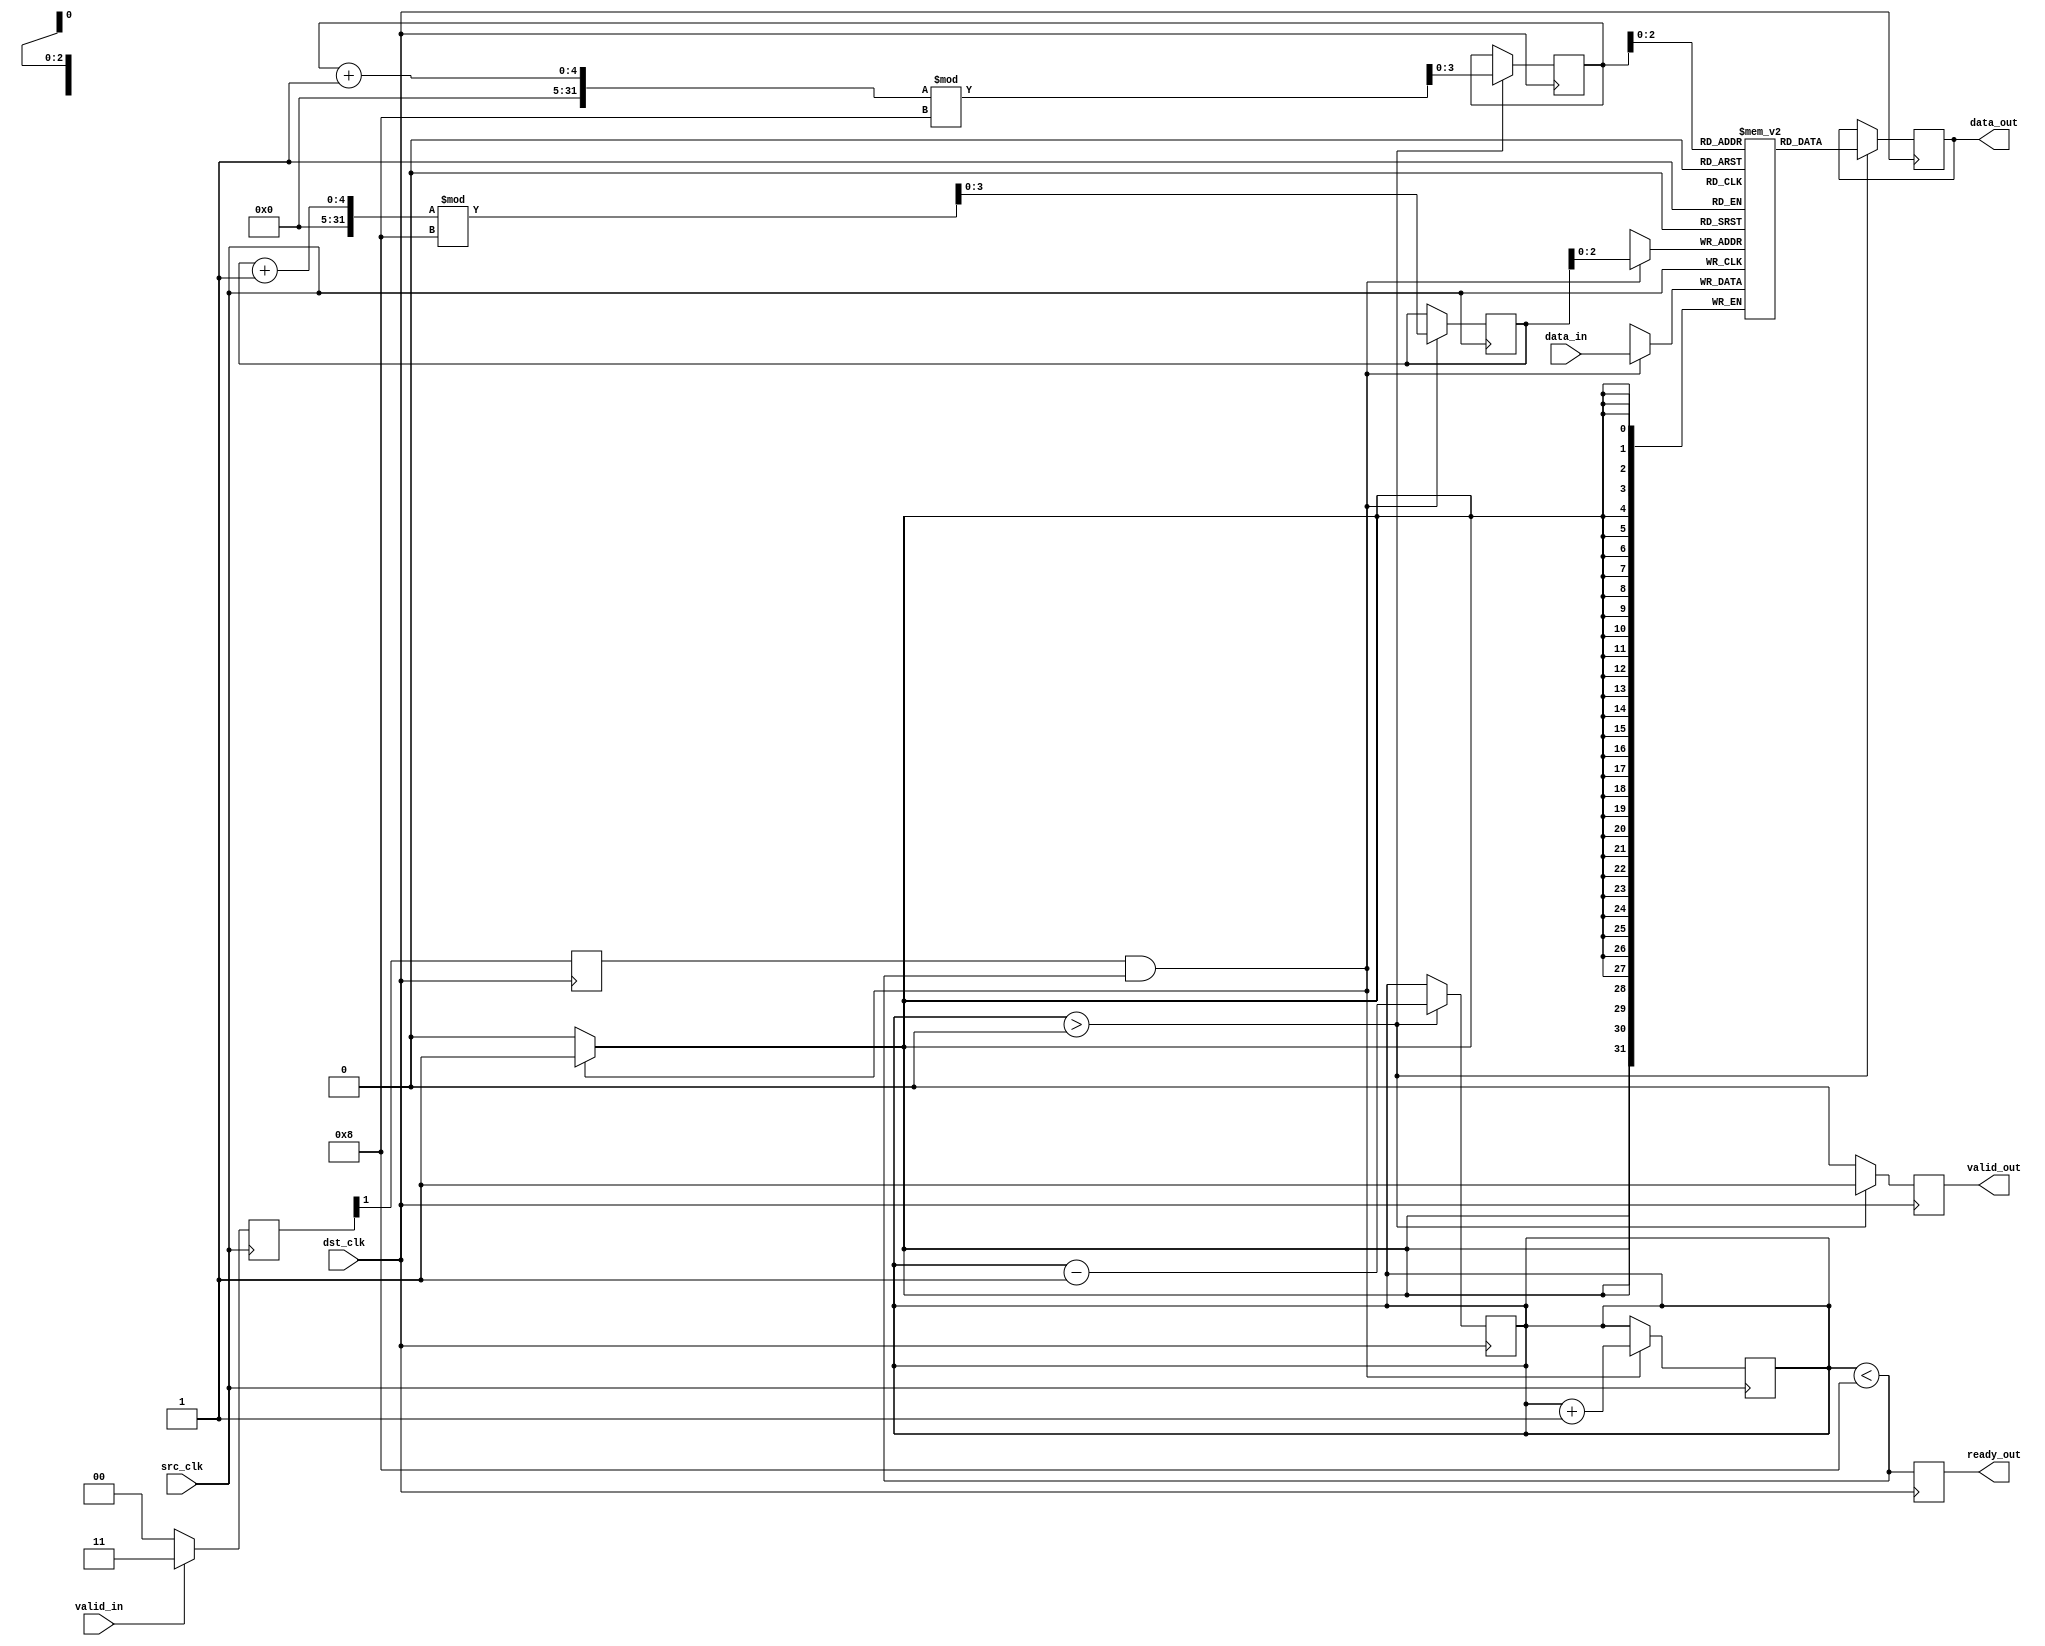
module burst_mode_synchronizer #(
    parameter DATA_WIDTH = 32,
    parameter FIFO_DEPTH = 8
)(
    input wire src_clk,                // Source clock
    input wire dst_clk,                // Destination clock
    input wire [DATA_WIDTH-1:0] data_in,  // Data input from the source clock domain
    input wire valid_in,               // Valid signal from the source clock domain
    output reg ready_out,              // Ready signal to the source clock domain
    output reg [DATA_WIDTH-1:0] data_out, // Data output to the destination clock domain
    output reg valid_out               // Valid signal for the destination clock domain
);

    // FIFO buffer
    reg [DATA_WIDTH-1:0] fifo [0:FIFO_DEPTH-1];
    reg [3:0] write_ptr = 0;           // Write pointer
    reg [3:0] read_ptr = 0;            // Read pointer
    reg [3:0] fifo_count = 0;          // Number of elements in FIFO

    // Handshaking control signals
    reg valid_sync = 0;
    wire ready_sync;
    
    // Synchronizing valid signal with two flip-flops to mitigate metastability
    reg [1:0] valid_sync_reg;
    always @(posedge src_clk) begin
        if (valid_in) begin
            valid_sync_reg <= 2'b11; // Assert valid signal
        end else begin
            valid_sync_reg <= 2'b00; // Deassert valid signal
        end
    end

    always @(posedge dst_clk) begin
        valid_sync <= valid_sync_reg[1]; // Synchronize to destination clock
    end

    // FIFO write in source clock domain
    always @(posedge src_clk) begin
        if (valid_sync && fifo_count < FIFO_DEPTH) begin
            fifo[write_ptr] <= data_in; // Write data into FIFO
            write_ptr <= (write_ptr + 1) % FIFO_DEPTH; // Circular write
            fifo_count <= fifo_count + 1; // Increment FIFO count
        end
    end

    // FIFO read and synchronization in destination clock domain
    always @(posedge dst_clk) begin
        if (fifo_count > 0) begin
            data_out <= fifo[read_ptr]; // Read data from FIFO
            valid_out <= 1'b1;           // Assert valid signal for output
            read_ptr <= (read_ptr + 1) % FIFO_DEPTH; // Circular read
            fifo_count <= fifo_count - 1; // Decrement FIFO count
        end else begin
            valid_out <= 1'b0;           // Deassert valid signal when FIFO is empty
        end

        // Ready signal generation
        ready_out <= (fifo_count < FIFO_DEPTH); // Ready signal indicates FIFO can accept more data
    end

endmodule